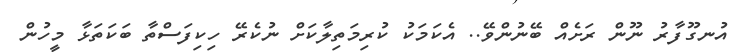
އުނގޫފާރު ނޫން ރަށެއް ބޭނުންވޭ.. އެކަމަކު ކުރިމަތިލާކަށް ނުކެރޭ ހިކިފަސްތާ ބަކަތަޅާ މީހުން